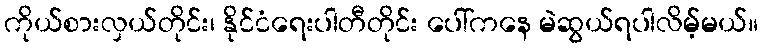
ကိုယ်စားလှယ်တိုင်း၊ နိုင်ငံရေးပါတီတိုင်း ပေါ်ကနေ မဲဆွယ်ရပါလိမ့်မယ်။